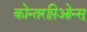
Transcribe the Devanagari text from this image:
कोन्तरप्तिओन्स्